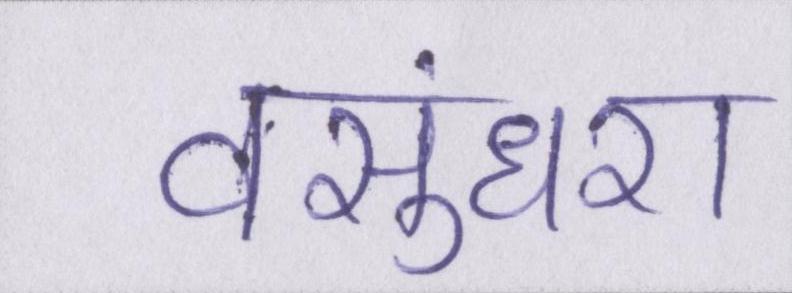
वसुंधरा